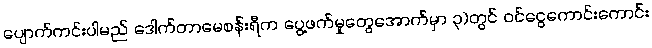
ပျောက်ကင်းပါမည် ဒေါက်တာမေစန်းရီက ပွေ့ဖက်မှုတွေအောက်မှာ ၃)တွင် ဝင်ငွေကောင်းကောင်း